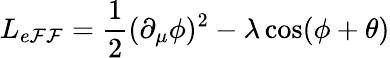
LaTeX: L_{e\mathcal{F}\mathcal{F}}=\frac{{1}}{{2}}(\partial_{\mu}\phi)^{2}-\lambda\cos(\phi+\theta)